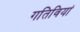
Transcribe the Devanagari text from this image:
गतिवियां